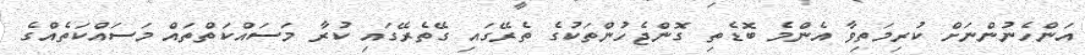
އަންހެނުންނަށް ކުރިމަތިވާ އެންމެ ބޮޑެތި ގޮންޖެހުންތަކުގެ ތެރޭގައި ގޭތެރޭގައި ކުރާ މަސައްކަތްތައް މަސައްކަތެއްގެ